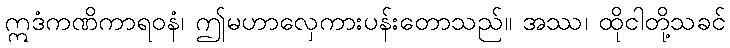
ဣဒံကဏိကာရဝနံ၊ ဤမဟာလှေကားပန်းတောသည်။ အဿ၊ ထိုငါတို့သခင်